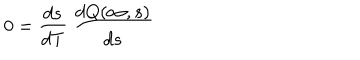
LaTeX: 0 = \frac { d s } { d T } \ \frac { d Q ( \infty , s ) } { d s }